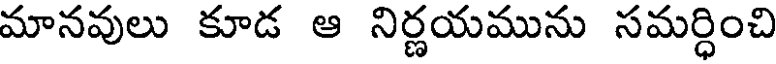
మానవులు కూడ ఆ నిర్ణయమును సమర్ధించి